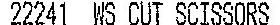
22241 WS CUT SCUSSORS